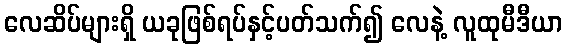
လေဆိပ်များရှိ ယခုဖြစ်ရပ်နှင့်ပတ်သက်၍ လေနဲ့ လူထုမီဒီယာ